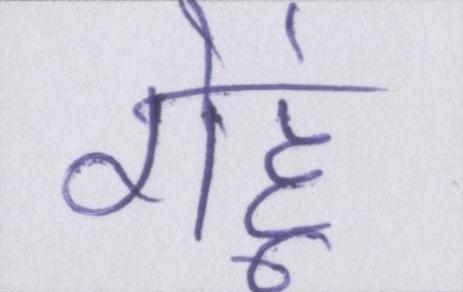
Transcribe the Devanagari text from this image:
गेहूं